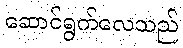
ဆောင်ရွက်လေသည်